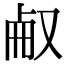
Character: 㕟